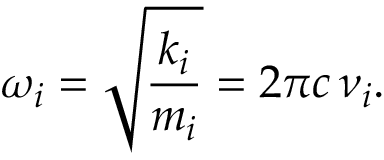
\omega _ { i } = \sqrt { \frac { k _ { i } } { m _ { i } } } = 2 \pi c \, \nu _ { i } .